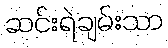
ဆင်းရဲချမ်းသာ